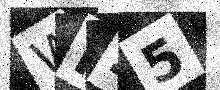
Text: WM25